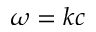
\omega = k c